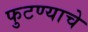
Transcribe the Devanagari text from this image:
फुटण्याचे